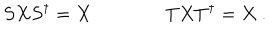
S X S ^ { \dagger } = X \qquad \qquad T X T ^ { \dagger } = X \ .